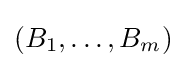
(B_{1},\dots ,B_{m})